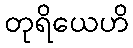
တုရိယေဟိ